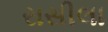
રાસીલા